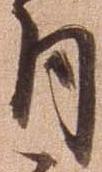
月